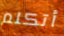
أتكلم